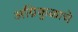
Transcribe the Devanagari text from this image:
अग्निकुळाचे